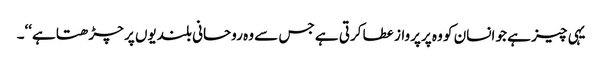
یہی چیز ہے جو انسان کو وہ پرپرواز عطا کرتی ہے جس سے وہ روحانی بلندیوں پر چڑھتا ہے‘‘۔